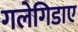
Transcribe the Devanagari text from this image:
गलेगिडाए